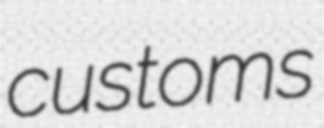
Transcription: customs